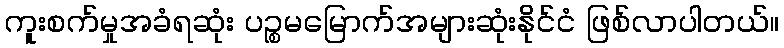
ကူးစက်မှုအခံရဆုံး ပဉ္စမမြောက်အများဆုံးနိုင်ငံ ဖြစ်လာပါတယ်။